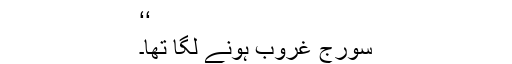
‘‘
سورج غروب ہونے لگا تھا۔